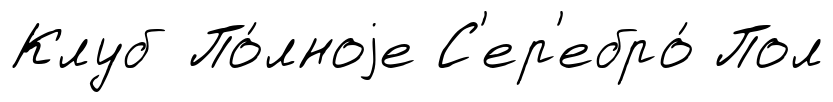
Клуб По́лноjе С'ер'ебро́ Пол